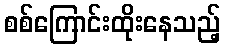
စစ်ကြောင်းထိုးနေသည့်